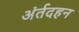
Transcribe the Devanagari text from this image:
अंर्तदहन